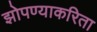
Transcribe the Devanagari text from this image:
झोपण्याकरिता